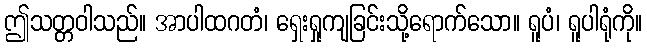
ဤသတ္တဝါသည်။ အာပါထဂတံ၊ ရှေးရှုကျခြင်းသို့ရောက်သော။ ရူပံ၊ ရူပါရုံကို။